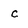
Character: c